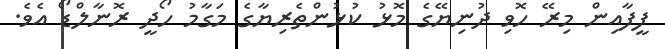
ފީފާއިން މިރޭ ހޮވި ދުނިޔޭގެ މޮޅު ކުޅުންތެރިޔާގެ މަގާމު ހޯދީ ރޮނާލްޑޯ އެވެ.